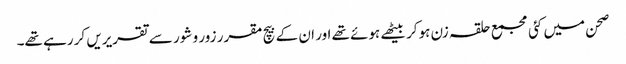
صحن میں کئی مجمع حلقہ زن ہوکر بیٹھے ہوئے تھے اور ان کے بیچ مقرر زور و شور سے تقریریں کر رہے تھے۔